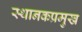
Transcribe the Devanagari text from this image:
स्थानकप्रमुख